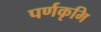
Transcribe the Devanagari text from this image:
पर्णकृमि